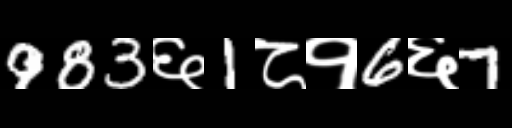
Text: 983६1८१6६7